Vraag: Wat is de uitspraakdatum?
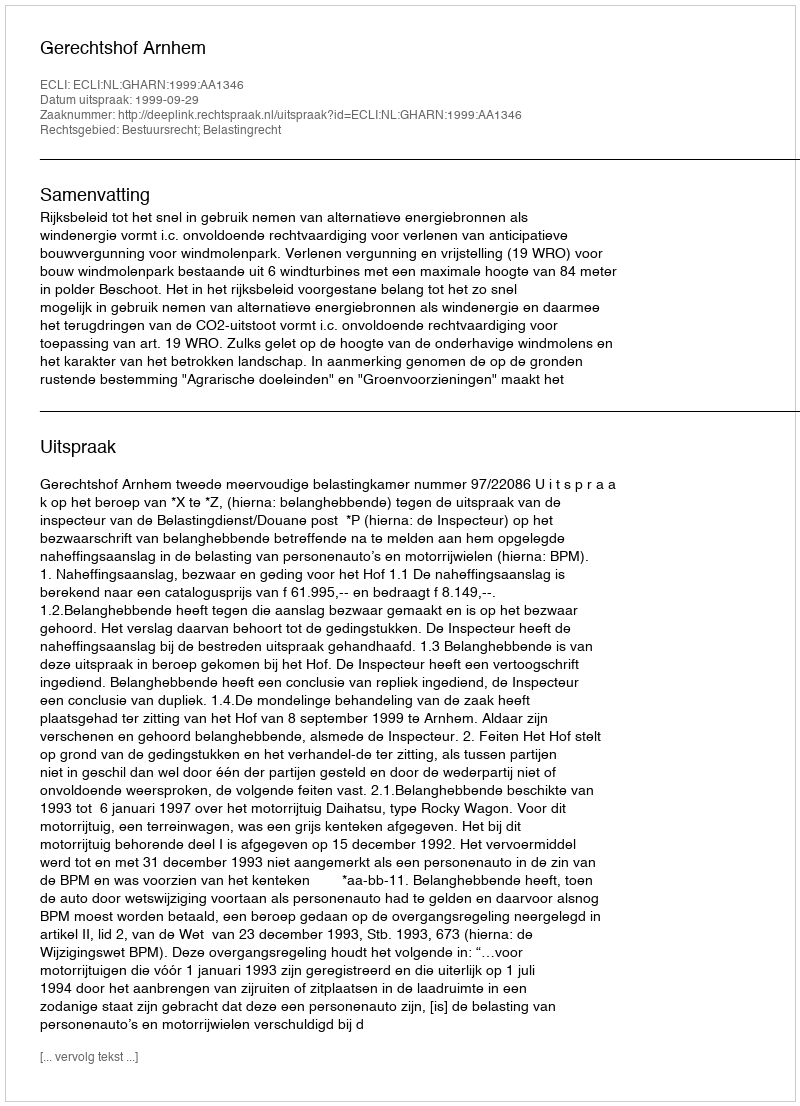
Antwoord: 1999-09-29